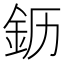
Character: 𬫂